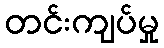
တင်းကျပ်မှု